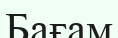
Бағам